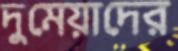
দুমেয়াদের